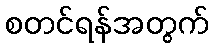
စတင်ရန်အတွက်